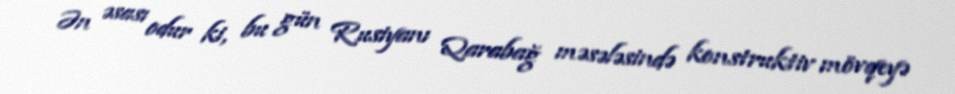
Ən əsası odur ki, bu gün Rusiyanı Qarabağ məsələsində konstruktiv mövqeyə